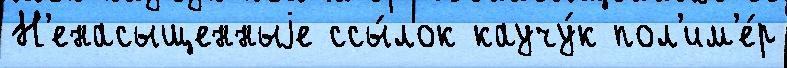
Н'енасыщенныjе ссы́лок каучу́к пол'им'е́р